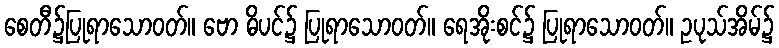
စေတီ၌ပြုရာသောဝတ်။ ဗော ဓိပင်၌ ပြုရာသောဝတ်။ ရေအိုးစင်၌ ပြုရာသောဝတ်။ ဥပုသ်အိမ်၌